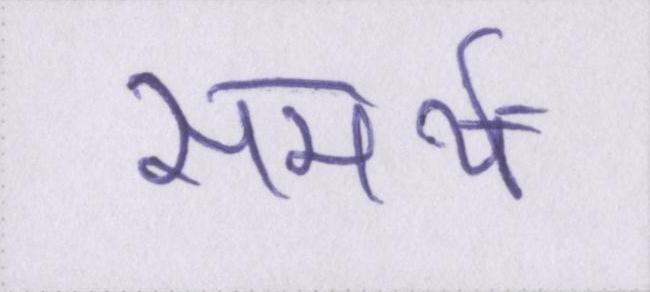
समर्थ